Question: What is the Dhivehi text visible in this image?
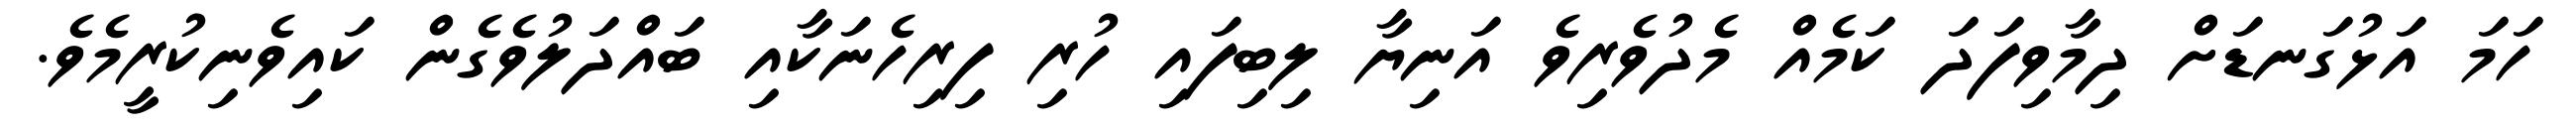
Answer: ހަމަ އަޅުގަނޑަށް ދިމާވިފަދަ ކަމެއް މެދުވެރިވެ އަނިޔާ ލިބިފައި ހުރި ފިރިހެނަކާއި ބައްދަލުވެގެން ކައިވެނިކުރީމެވެ.